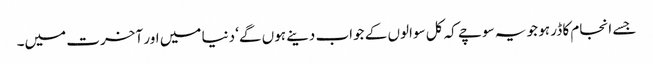
جسے انجام کا ڈر ہو جو یہ سوچے کہ کل سوالوں کے جواب دینے ہوں گے‘ دنیا میں اور آخرت میں۔